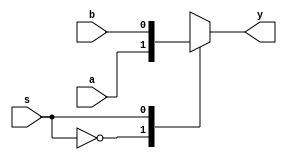
module mux2_1(input a,b, input s, output reg y);

always @(a,b,s)
begin

case (s)
1'b0: y=a;
1'b1: y=b;
endcase

end
endmodule